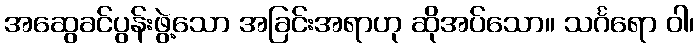
အဆွေခင်ပွန်းဖွဲ့သော အခြင်းအရာဟု ဆိုအပ်သော။ သင်္ဂရော ဝါ၊